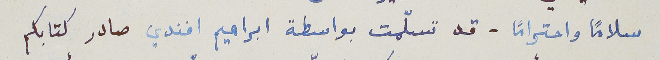
سلامًا واحترامًا - قد تسلّمت بواسطة ابراهيم افندي صادر كتابكم